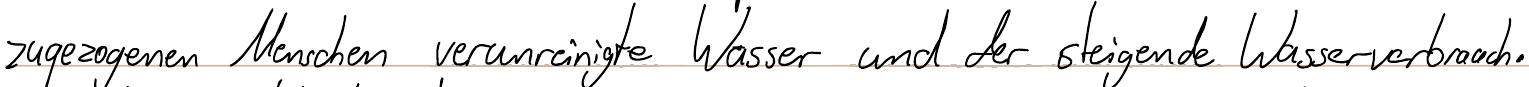
zugezogenen Menschen verunreinigte Wasser und der steigende Wasserverbrauch.